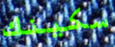
سكينك